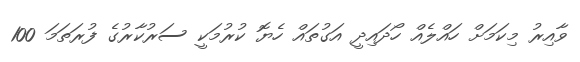
ވާއިރު މިކަމަށް ހައްލެއް ހޯދައިދީ އަގުތައް ހެޔޮ ކުރުމަކީ ސަރުކާރުގެ ފުރަތަމަ 100